Vaccination in Burma 1920-1933 - 1920-1933
Year: 1920
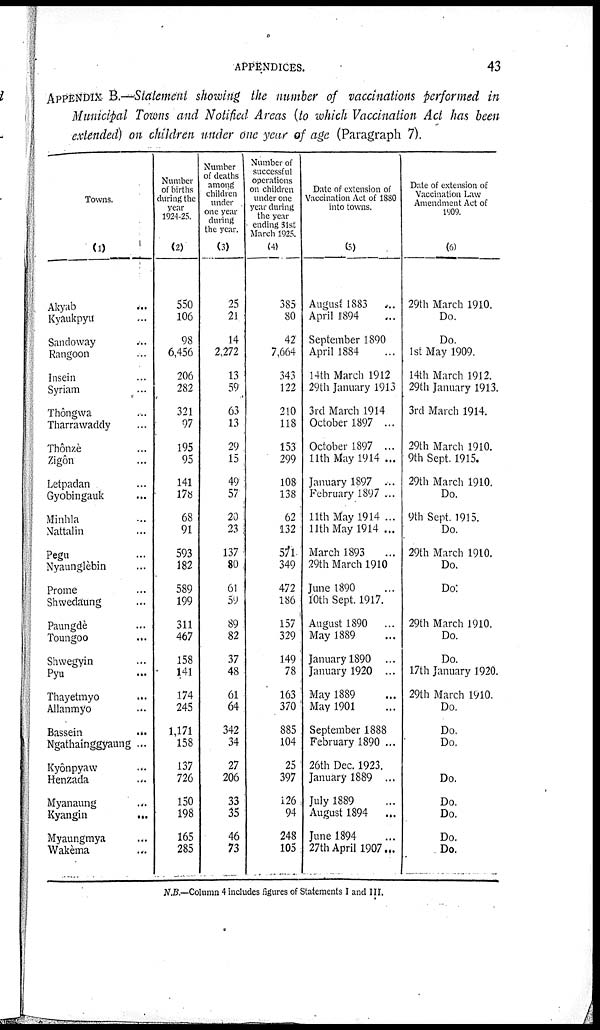
APPENDICES.
43
APPENDIX B.—Statement showing the number of vaccinations performed in
Municipal Towns and Notified Areas (to which Vaccination Act has been
extended) on children under one year of age (Paragraph 7).
Towns.
(1)
Akyab
...
Kyaukpyu ...
Sandoway
...
Rangoon ...
Insein ...
Syriam ...
Thongwa ...
Tharrawaddy ...
Thônzè ...
Zigôn ...
Letpadan ...
Gyobingauk ...
Minhla ...
Nattalin ...
Pegu ...
Nyaunglèbin ...
Prome ...
Shwedaung ...
Paungdè ...
Toungoo ...
Shwegyin ...
Pyu ...
Thayetmyo ...
Allanmyo ...
Bassein
...
Ngathainggyaung ...
Kyônpyaw ...
Henzada ...
Myanaung ...
Kyangin
...
Myaungmya ...
Wakèma ...
Number
of births
during the
year
1924-25.
(2)
550
106
98
6,456
206
282
321
97
195
95
141
178
68
91
593
182
589
199
311
467
158
141
174
245
1,171
158
137
726
150
198
165
285
Number
of deaths
among
children
under
one year
during
the year.
(3)
25
21
14
2,272
13
59
63
13
29
15
49
57
20
23
137
80
61
59
89
82
37
48
61
64
342
34
27
206
33
35
46
73
Number of
successful
operations
on children
under one
year during
the year
ending 31st
March 1925.
(4)
385
80
42
7,664
343
122
210
118
153
299
108
138
62
132
571
349
472
186
157
329
149
78
163
370
885
104
25
397
126
94
248
105
Date of extension of
Vaccination Act of 1880
into towns.
(5)
August 1883 ...
April 1894 ...
September 1890
April 1884 ...
14th March 1912
29th January 1913
3rd March 1914
October 1897 ...
October 1897 ...
11th May 1914 ...
January 1897 ...
February 1897 ...
11th May 1914 ...
11th May 1914 ...
March 1893 ...
29th March 1910
June 1890 ...
10th Sept. 1917.
August 1890 ...
May 1889 ...
January 1890 ...
January 1920 ...
May 1889 ...
May 1901
September 1888
February 1890 ...
26th Dec. 1923.
January 1889 ...
July 1889
August 1894 ...
June 1894 ...
27th April 1907...
Date of extension of
Vaccination Law
Amendment Act of
1909.
(6)
29th March 1910.
Do.
Do.
1st May 1909.
14th March 1912.
29th January 1913.
3rd March 1914.
29th March 1910.
9th Sept. 1915.
29th March 1910.
Do.
9th Sept. 1915.
Do.
29th March 1910.
Do.
Do.
29th March 1910.
Do.
Do.
17th January 1920.
29th March 1910.
Do.
Do.
Do.
Do.
Do.
Do.
Do.
Do.
N.B.—Column 4 includes figures of Statements I and III.